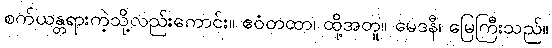
စက်ယန္တရားကဲ့သို့လည်းကောင်း။ ဧဝံတထာ၊ ထို့အတူ။ မေဒနီ၊ မြေကြီးသည်။